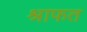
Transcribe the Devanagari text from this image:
श्राफत